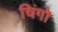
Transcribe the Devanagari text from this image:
चिंगो